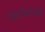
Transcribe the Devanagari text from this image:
दिल्लीवल्लभों